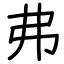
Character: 弗